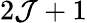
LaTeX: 2\mathcal{J}+1